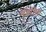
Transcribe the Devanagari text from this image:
मंडलित